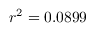
r ^ { 2 } = 0 . 0 8 9 9